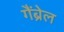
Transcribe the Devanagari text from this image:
गैंब्रेल